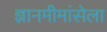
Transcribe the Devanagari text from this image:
ज्ञानमीमांसेला